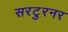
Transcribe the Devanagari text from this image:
सरटुरनर